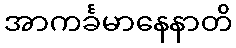
အာကင်္ခမာနေနာတိ